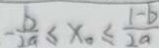
- \frac { b } { 2 a } \leq x _ { 0 } \leq \frac { 1 - b } { 2 a }